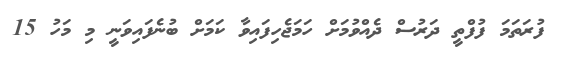
ފުރަތަމަ ފުފްތީ ދަރުސް ދެއްވުމަށް ހަމަޖެހިފައިވާ ކަމަށް ބުނެފައިވަނީ މި މަހު 15